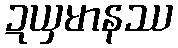
ဍယှမာနဿ